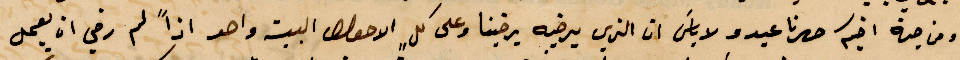
ومن جهة اخيكم صهرنا عبدو لا بأس ان الذي يرضيه يرضينا وعلى كل الأحوال البيت واحد اذًا لم رضي ان يعمل